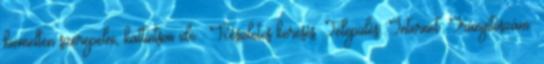
kiemelten szerepelni,kattintson ide».Részletes keresés: Település: Internet:Irányítószám: